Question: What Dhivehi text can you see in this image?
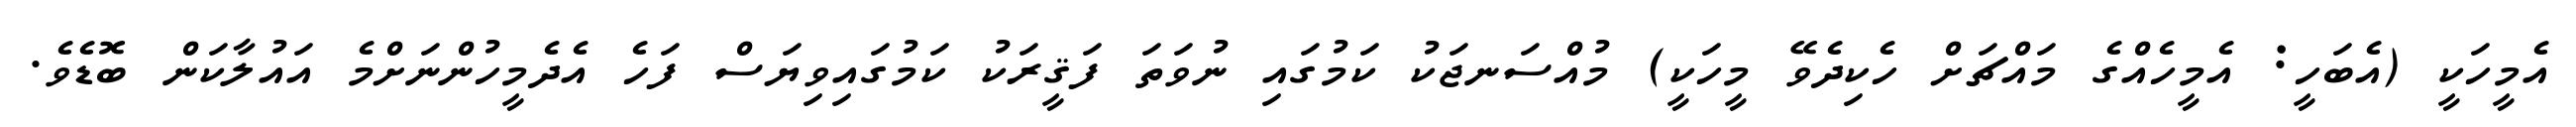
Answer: އެމީހަކީ (އެބަހީ: އެމީހެއްގެ މައްޗަށް ހެކިދެވޭ މީހަކީ) މުއްސަނޖަކު ކަމުގައި ނުވަތަ ފަޤީރަކު ކަމުގައިވިޔަސް ފަހެ އެދެމީހުންނަށްމެ އައުލާކަން ބޮޑެވެ.